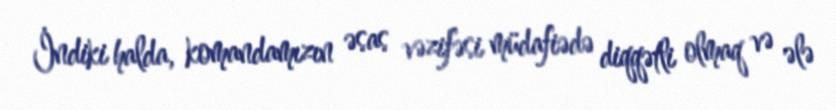
İndiki halda, komandamızın əsas vəzifəsi müdafiədə diqqətli olmaq və ələ